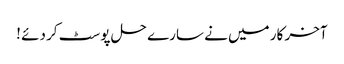
آخر کار میں نے سارے حل پوسٹ کر دئے !